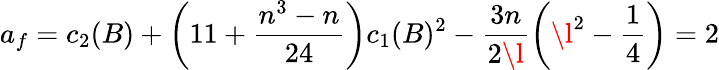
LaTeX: a_{f}=c_{2}(B)+\left(11+\frac{n^{3}-n}{24}\right)c_{1}(B)^{2}-\frac{3n}{2\l}\left(\l^{2}-\frac{1}{4}\right)=2